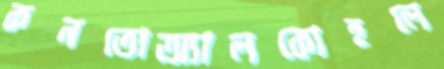
কনতোঅ্যালকোহলে